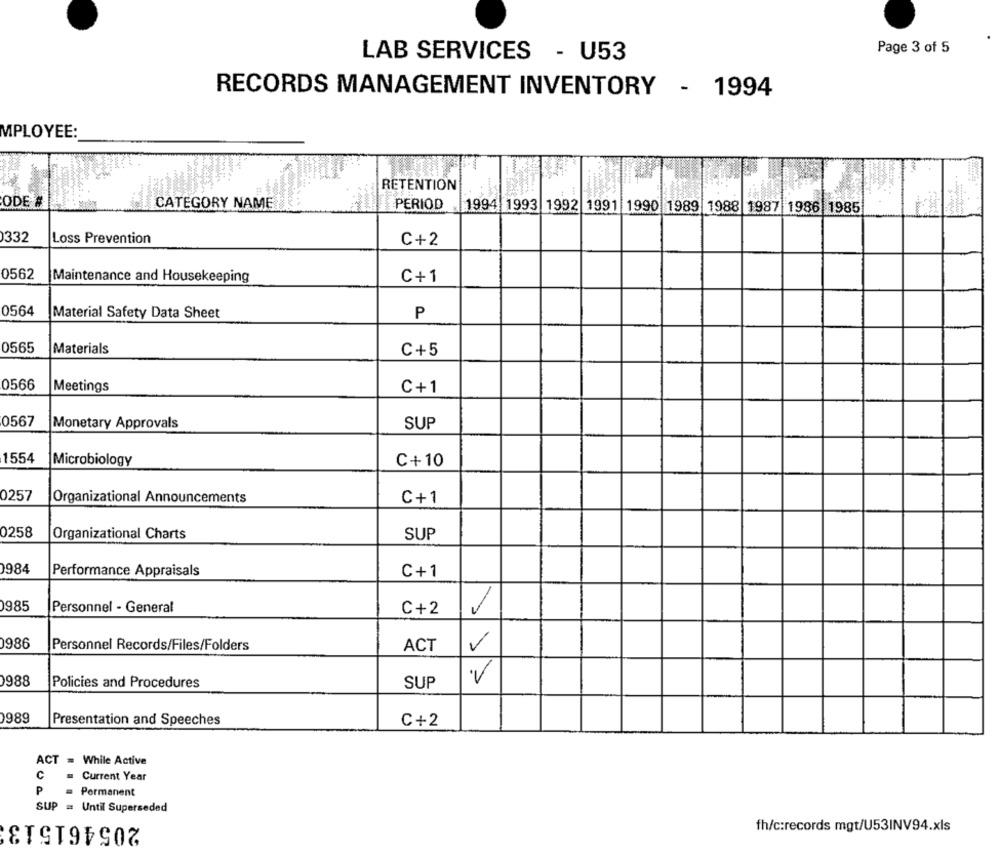
Page 3 of 5
LAB SERVICES - U53
RECORDS MANAGEMENT INVENTORY - 1994
MPLOYEE:
RETENTION
ODE #
CATEGORY NAME
PERIOD
1994 1993 1992 1991 1990 1989 1988 1987 1986 1985
332
Loss Prevention
C+2
0562
Maintenance and Housekeeping
C+1
0564
Material Safety Data Sheet
P
0565
Materials
C+5
0566
Meetings
C+1
0567
Monetary Approvals
SUP
1554
Microbiology
C+10
0257
Organizational Announcements
C+1
0258
Organizational Charts
SUP
1984
Performance Appraisals
C+1
0985
Personnel - General
1
C+2
0986
Personnel Records/Files/Folders
ACT
V
0988
Policies and Procedures
SUP
0989
Presentation and Speeches
C+2
ACT = While Active
C
Current Year
P
= Permanent
SUP = Until Superseded
205461513
fh/c:records mgt/U53INV94.xls